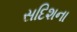
સદિશના